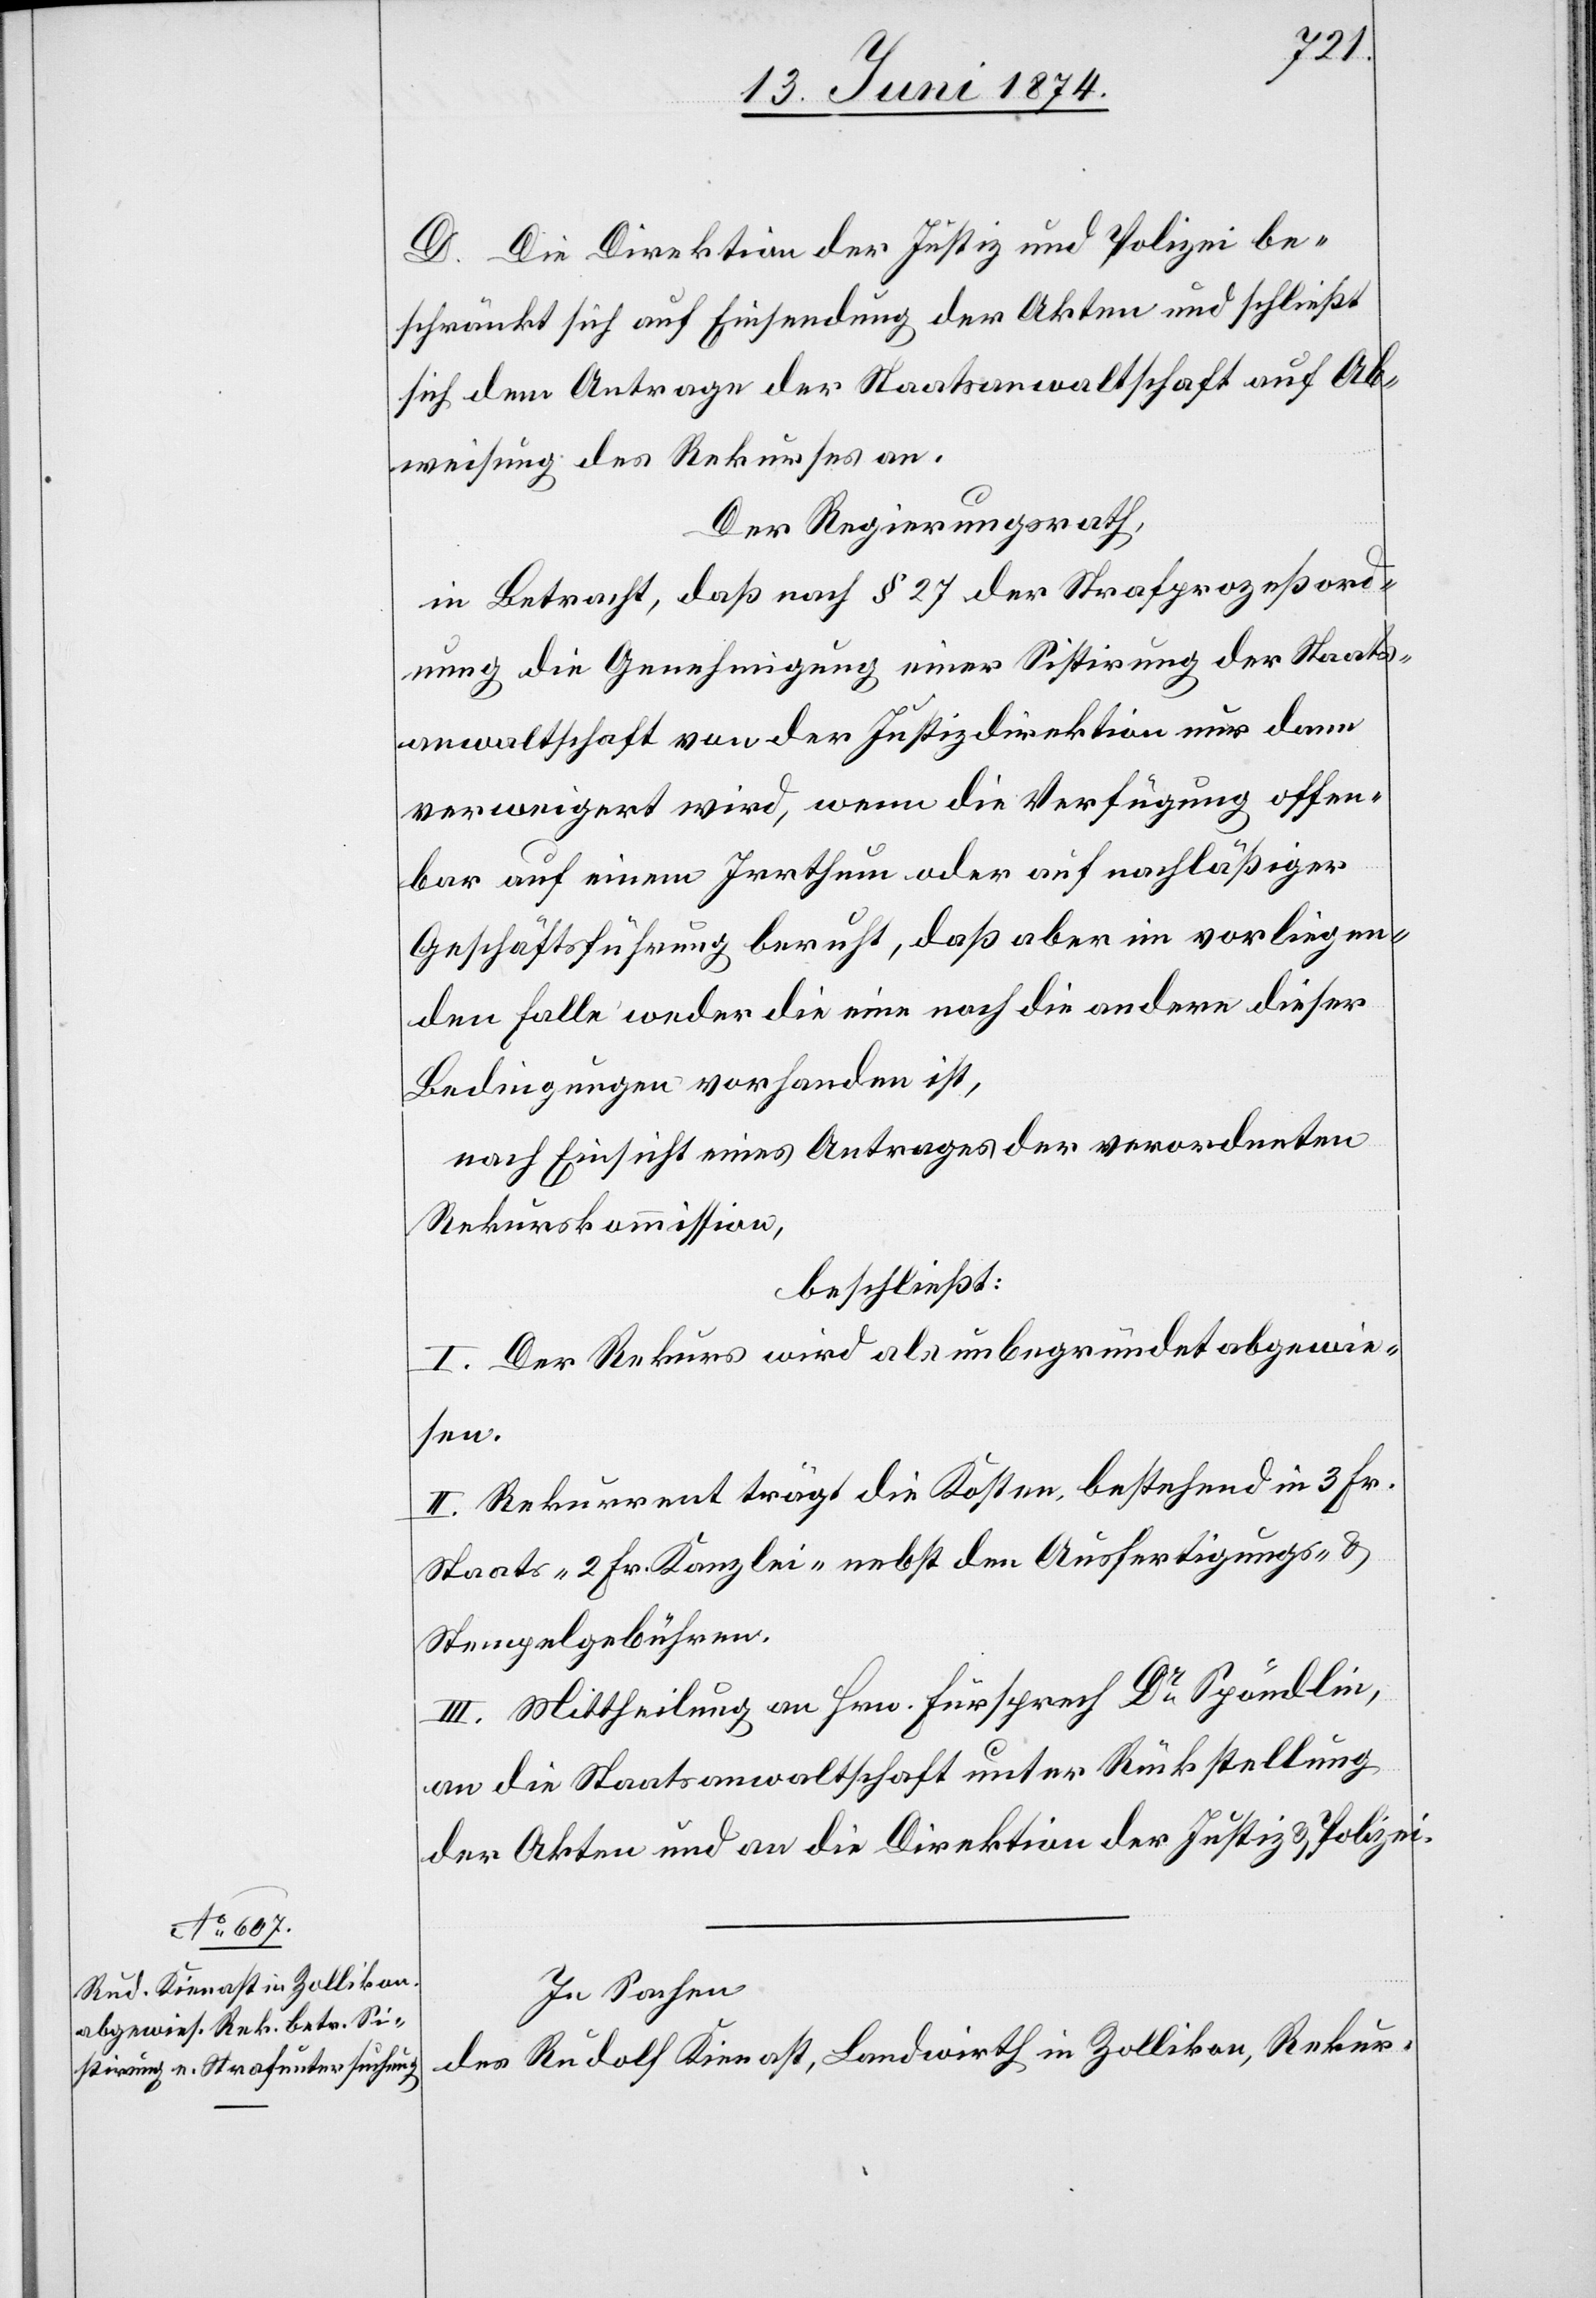
D. Die Direktion der Justiz und Polizei be¬
schränkt sich auf Einsendung der Akten und schließt
sich dem Antrage der Staatsanwaltschaft auf Ab¬
weisung des Rekurses an.
Der Regierungsrath,
in Betracht, daß nach § 27 der Strafprozeßord¬
nung die Genehmigung einer Sistirung der Staats¬
anwaltschaft von der Justizdirektion nur dann
verweigert wird, wenn die Verfügung offen¬
bar auf einem Irrthum oder auf nachläßiger
Geschäftsführung beruht, daß aber im vorliegen¬
den Falle weder die eine noch die andere dieser
Bedingungen vorhanden ist,
nach Einsicht eines Antrages der verordneten
Rekurskommission,
beschließt:
I. Der Rekurs wird als unbegründet abgewie¬
sen.
II. Rekurrent trägt die Kosten, bestehend in 3 Fr.
Staats-[,] 2 Fr. Kanzlei-[,] nebst den Ausfertigungs- u.
Stempelgebühren.
III. Mittheilung an Hrn. Fürsprech Dr Spöndlin,
an die Staatsanwaltschaft unter Rückstellung
der Akten und an die Direktion der Justiz u. Polizei.
In Sachen
des Rudolf Kienast, Landwirth in Zollikon, Rekur-